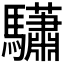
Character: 𩧓